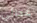
عدائي